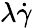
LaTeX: \lambda\dot{\gamma}